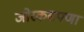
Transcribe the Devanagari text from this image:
जोरकसपणा